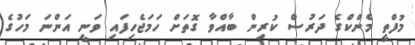
މުފްތީ މެންކްގެ ދަރުސް ކުރިން ބާއްވާ ގޮތަށް ހަމަޖެހިފައި ވަނީ އަންނަ މަހުގެ